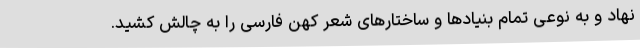
نهاد و به نوعی تمام بنیادها و ساختارهای شعر کهن فارسی را به چالش کشید.